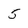
Character: 5